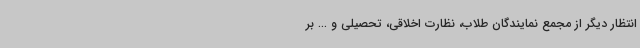
انتظار دیگر از مجمع نمایندگان طلاب، نظارت اخلاقی، تحصیلی و ... بر